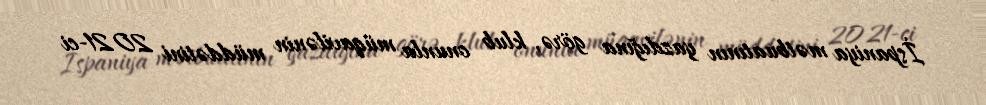
İspaniya mətbuatının yazdığına görə, klub onunla müqavilənin müddətini 2021-ci